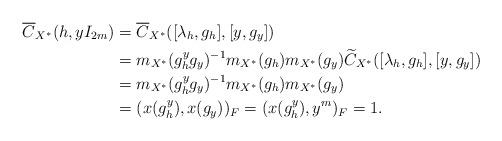
LaTeX: \begin{align*}\overline{C}_{X^{\ast}}(h,yI_{2m})&=\overline{C}_{X^{\ast}}([\lambda_h, g_h],[y, g_y])\\&=m_{X^{\ast}}(g_h^{y}g_y)^{-1}m_{X^{\ast}}(g_h)m_{X^{\ast}}(g_y)\widetilde{C}_{X^{\ast}}([\lambda_h, g_h], [y, g_y])\\&=m_{X^{\ast}}(g_h^{y}g_y)^{-1}m_{X^{\ast}}(g_h)m_{X^{\ast}}(g_y)\\&=(x(g_h^y), x(g_y))_F=(x(g_h^y),y^{m})_F=1.\end{align*}